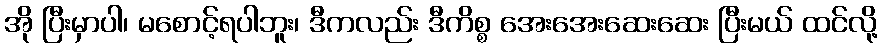
အို ပြီးမှာပါ၊ မစောင့်ရပါဘူး၊ ဒီကလည်း ဒီကိစ္စ အေးအေးဆေးဆေး ပြီးမယ် ထင်လို့